Scottish Leaving Certificate Examination, 1959
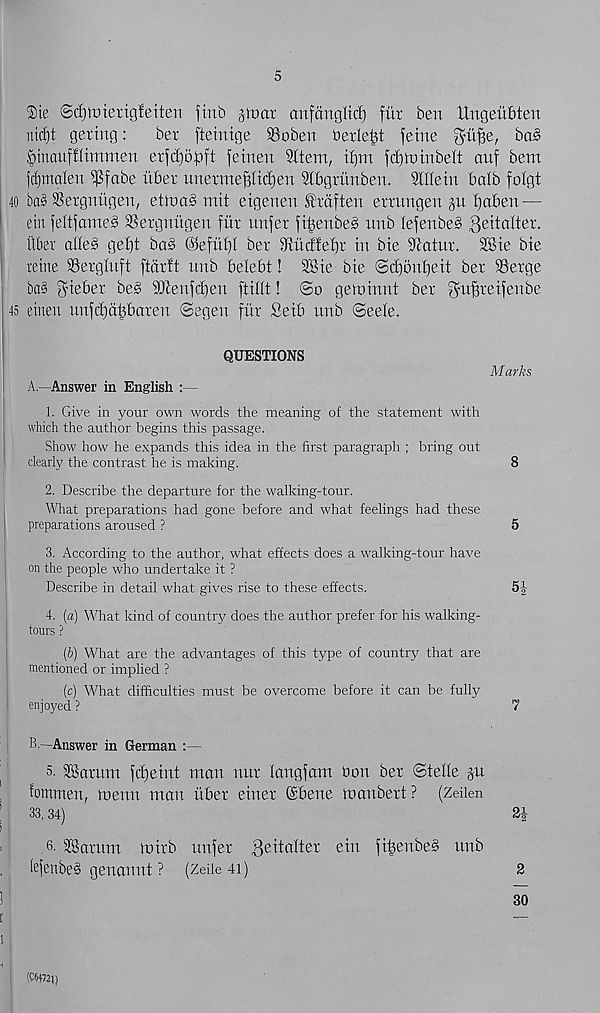
5
$ie @d)lt)terig!eiteii jtnb groat anfangltcf) fur ben Ungeitbten
nid)t gettng:
bet fteinige SSoben berle^t feme
ba§
,f)tnauffltmmen erwo^ft feinen 9ltem, if)m fd) in in belt auf bem
fd)maler| |f5fabe itber unetmeBtidfen Slbgrunben. SiKein balb folgt
40 ba§ SBergniigen, ettoaS mit etgenen fraften emtngen gu fjaben —
ein feltfameS SSergnugen fi'tt unfet fibenbeS unb Iefenbe§ 3 e^a iter.
itber alleS gef)t ba§ ©efutjt ber MixdUtji in bte 9iatur. 2Bie bie
rente SSergtuft ftarlt unb belebt! SBie bte ©d)6nt)eit ber SBerge
ba§ f5’i e 6 er
9fterifcf)eu ftilit! ©o geroinnt ber ^uffretfenbe
45 etuett uufct)dbbaren ©egett fur Serb unb ©eele.
QUESTIONS
A—Answer in English :—
1. Give in your own words the meaning of the statement with
which the author begins this passage.
Show how he expands this idea in the first paragraph ; bring out
clearly the contrast he is making.
2. Describe the departure for the walking-tour.
What preparations had gone before and what feelings had these
preparations aroused ?
3. According to the author, what effects does a walking-tour have
on the people who undertake it ?
Describe in detail what gives rise to these effects.
4. (a) What kind of country does the author prefer for his walking-
tours ?
(6) What are the advantages of this type of country that are
mentioned or implied ?
(c) What difficulties must be overcome before it can be fully
enjoyed ?
B.—Answer in German :—
5. SSarum fdfeint man nut langfam bon ber ©telle gu
fommen, menu man i'tbet etnet ©bene manbert? (Zeiien
33,34)
2i
6. 38arum mirb unfet gminltet etn ftljenbeS unb
lefenbeS genannt ? (Zeile 4i)
2
Marks
(CM72J)
30